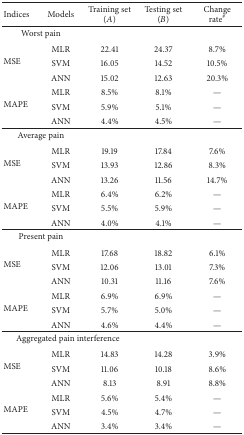
<table><thead><tr><td><b>Indices</b></td><td><b>Models</b></td><td><b>Training set (<i>A</i>)</b></td><td><b>Testing set (<i>B</i>)</b></td><td><b>Change rate<sup>#</sup></b></td></tr></thead><tbody><tr><td colspan="2">Worst pain</td><td> </td><td> </td><td> </td></tr><tr><td rowspan="3">MSE</td><td>MLR</td><td>22.41</td><td>24.37</td><td> 8.7%</td></tr><tr><td>SVM</td><td>16.05</td><td>14.52</td><td>10.5%</td></tr><tr><td>ANN</td><td>15.02</td><td>12.63</td><td>20.3%</td></tr><tr><td rowspan="3">MAPE</td><td>MLR</td><td>8.5%</td><td>8.1%</td><td>—</td></tr><tr><td>SVM</td><td>5.9%</td><td>5.1%</td><td>—</td></tr><tr><td>ANN</td><td>4.4%</td><td>4.5%</td><td>—</td></tr><tr><td colspan="2">Average pain</td><td> </td><td> </td><td> </td></tr><tr><td rowspan="3">MSE</td><td>MLR</td><td>19.19</td><td>17.84</td><td> 7.6%</td></tr><tr><td>SVM</td><td>13.93</td><td>12.86</td><td> 8.3%</td></tr><tr><td>ANN</td><td>13.26</td><td>11.56</td><td>14.7%</td></tr><tr><td rowspan="3">MAPE</td><td>MLR</td><td>6.4%</td><td>6.2%</td><td>—</td></tr><tr><td>SVM</td><td>5.5%</td><td>5.9%</td><td>—</td></tr><tr><td>ANN</td><td>4.0%</td><td>4.1%</td><td>—</td></tr><tr><td colspan="2">Present pain</td><td> </td><td> </td><td> </td></tr><tr><td rowspan="3">MSE</td><td>MLR</td><td>17.68</td><td>18.82</td><td> 6.1%</td></tr><tr><td>SVM</td><td>12.06</td><td>13.01</td><td> 7.3%</td></tr><tr><td>ANN</td><td>10.31</td><td>11.16</td><td> 7.6%</td></tr><tr><td rowspan="3">MAPE</td><td>MLR</td><td> 6.9%</td><td>6.9%</td><td>—</td></tr><tr><td>SVM</td><td> 5.7%</td><td>5.0%</td><td>—</td></tr><tr><td>ANN</td><td> 4.6%</td><td>4.4%</td><td>—</td></tr><tr><td colspan="3">Aggregated pain interference</td><td> </td><td> </td></tr><tr><td rowspan="3">MSE</td><td>MLR</td><td>14.83</td><td>14.28</td><td> 3.9%</td></tr><tr><td>SVM</td><td>11.06</td><td>10.18</td><td> 8.6%</td></tr><tr><td>ANN</td><td>8.13</td><td>8.91</td><td> 8.8%</td></tr><tr><td rowspan="3">MAPE</td><td>MLR</td><td> 5.6%</td><td>5.4%</td><td>—</td></tr><tr><td>SVM</td><td> 4.5%</td><td>4.7%</td><td>—</td></tr><tr><td>ANN</td><td> 3.4%</td><td>3.4%</td><td>—</td></tr></tbody></table>